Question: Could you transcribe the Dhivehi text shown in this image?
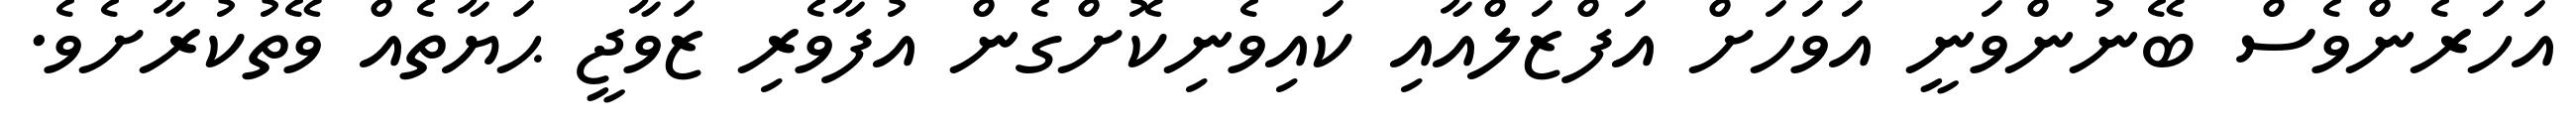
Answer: އަހަރެންވެސް ބޭނުންވަނީ އަވަހަށް އަފްޒަލްއާއި ކައިވެނިކޮށްގެން އުފާވެރި ޒަވާޖީ ޙަޔާތެއް ވޭތުކުރާށެވެ.